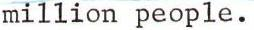
million people.